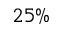
2 5 \%